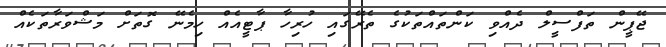
ޖޭޕީން ތަފްސީލް ދެއްވި ކަންތައްތަކުގެ ތެރޭގައި ހުރިހާ ޕާޓީއެއް ހިމެނޭ ގޮތަށް މަޝްވަރާތަކެއް